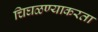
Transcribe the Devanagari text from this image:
चिघळण्याकरता